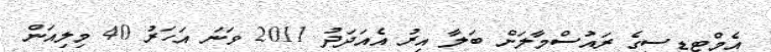
އެމްޓީޑީސީގެ ރައުސްމާލަށް ބަލާ އިރު އެއަދަދު 2011 ވަނަ އަހަރު 40 މިލިއަން